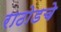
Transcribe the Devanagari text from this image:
राठोडचे